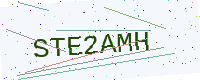
Text: STE2AMH